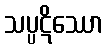
သပ္ပဋိဿော